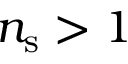
n _ { \mathrm { s } } > 1